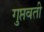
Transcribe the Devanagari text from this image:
गुप्तवती